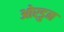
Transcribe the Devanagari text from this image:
ओरडुन